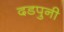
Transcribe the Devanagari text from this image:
दडपुनी